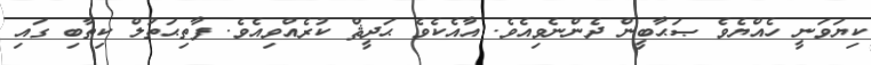
ކިޔަވަނީ ހެއްޔެވެ ޞަޙާބީން ދެންނެވިއެވެ. އާއެކެވެ ޙަދީޘް ކުރެއްވިއެވެ. ފާތިޙަތުލް ކިތާބި ގައި